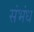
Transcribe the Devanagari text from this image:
संभंध